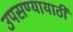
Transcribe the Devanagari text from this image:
उपसण्यायाठी